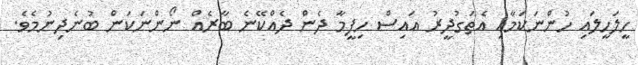
ހީލަހީލައި ހުންނަކަމާއި އެތަގުދީރު އައިސް ހިފީމާ ދެން ދެއްކޭނެ ބާރެއް ނޯންނަކަން ބުނެދިނުމެވެ.